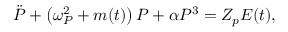
\Ddot { P } + \left( \omega _ { P } ^ { 2 } + m ( t ) \right) P + \alpha P ^ { 3 } = Z _ { p } E ( t ) ,